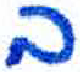
אות: ב